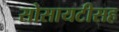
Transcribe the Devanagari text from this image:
सोसायटीसह